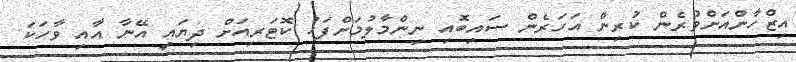
އިޒްހާންއަށްވުރެން ކުރިން އަހަރެން ސައިބޮއި ނިންމާލުމަށްފަހު ކޮޓަރިއަށް ދިޔައީ އޭނާ އާއި ވާހަކަ